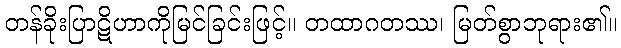
တန်ခိုးပြာဋိဟာကိုမြင်ခြင်းဖြင့်။ တထာဂတဿ၊ မြတ်စွာဘုရား၏။